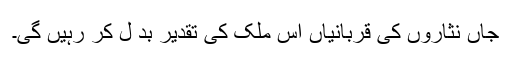
جاں نثاروں کی قربانیاں اس ملک کی تقدیر بد ل کر رہیں گی۔